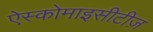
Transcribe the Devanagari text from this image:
ऐस्कोमाइसीटीज़